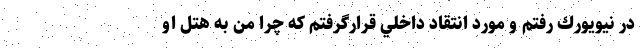
در نيويورك رفتم و مورد انتقاد داخلي قرارگرفتم كه چرا من به هتل او